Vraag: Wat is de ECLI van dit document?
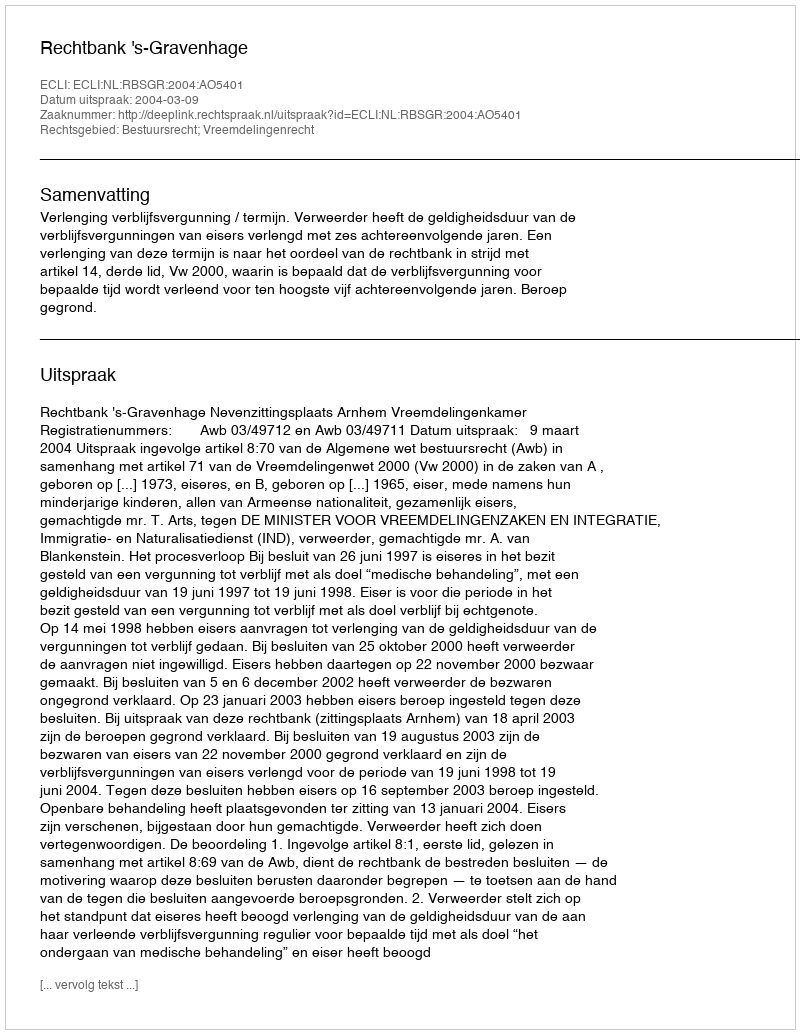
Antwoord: ECLI:NL:RBSGR:2004:AO5401